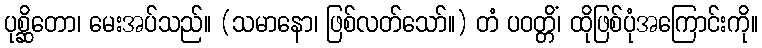
ပုစ္ဆိတော၊ မေးအပ်သည်။ (သမာနော၊ ဖြစ်လတ်သော်။) တံ ပဝတ္တိံ၊ ထိုဖြစ်ပုံအကြောင်းကို။